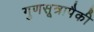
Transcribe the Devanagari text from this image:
गुणसूत्रापैकी